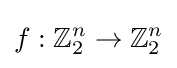
f:\mathbb {Z} _{2}^{n}\to \mathbb {Z} _{2}^{n}